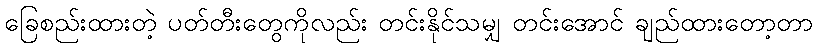
ခြေစည်းထားတဲ့ ပတ်တီးတွေကိုလည်း တင်းနိုင်သမျှ တင်းအောင် ချည်ထားတော့တာ